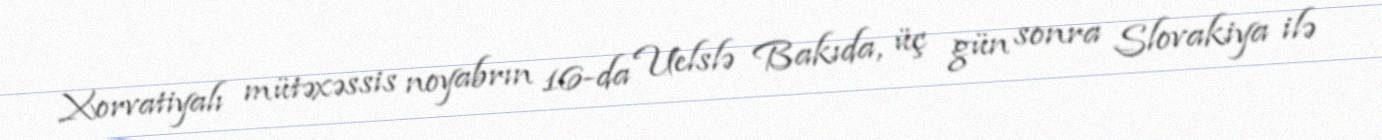
Xorvatiyalı mütəxəssis noyabrın 16-da Uelslə Bakıda, üç gün sonra Slovakiya ilə